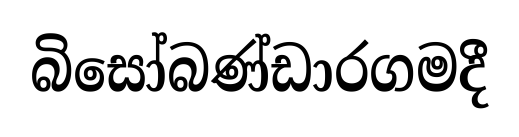
බිසෝබණ්ඩාරගමදී